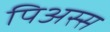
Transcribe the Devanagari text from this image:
पिअस्स